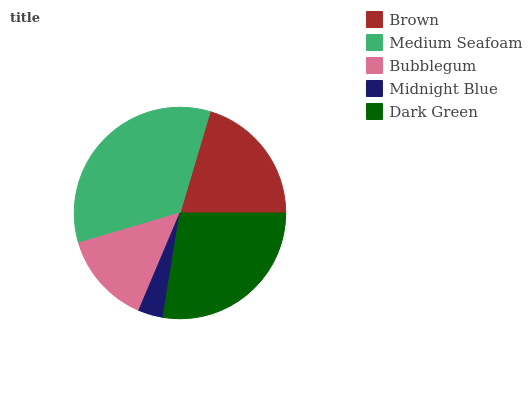
| Brown | Medium Seafoam | Bubblegum | Midnight Blue | Dark Green |
 | --- | --- | --- | --- | --- |
 | 20.4% | 34.2% | 14.1% | 3.8% | 27.5% |